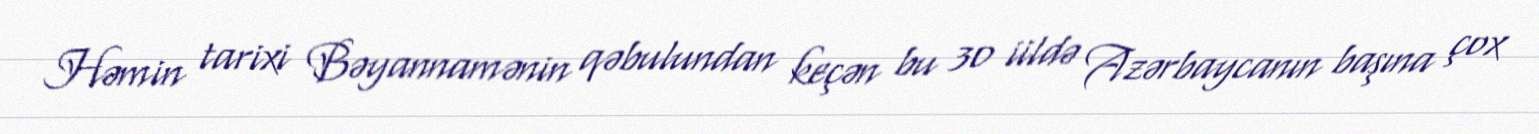
Həmin tarixi Bəyannamənin qəbulundan keçən bu 30 iildə Azərbaycanın başına çox